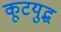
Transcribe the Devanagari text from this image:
कूटयुद्ध